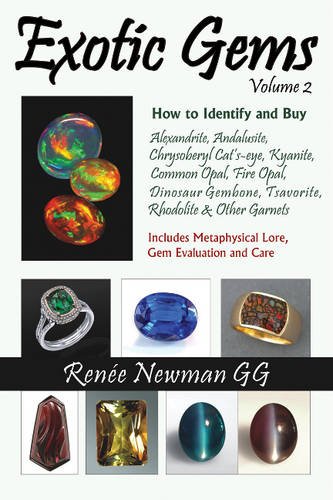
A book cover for Exotic Gems, Volume 2: How to Identify and Buy Alexandrite, Andalusite, Chrysoberyl Cat's-eye, Kyanite, Common Opal, Fire Opal, Dinosaur Gembone, Tsavorite, Rhodolite & Other Garnets; Renee Newman; Crafts, Hobbies & Home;